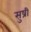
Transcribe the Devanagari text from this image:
सुष्री